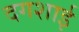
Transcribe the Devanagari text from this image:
दगशाई